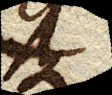
usque